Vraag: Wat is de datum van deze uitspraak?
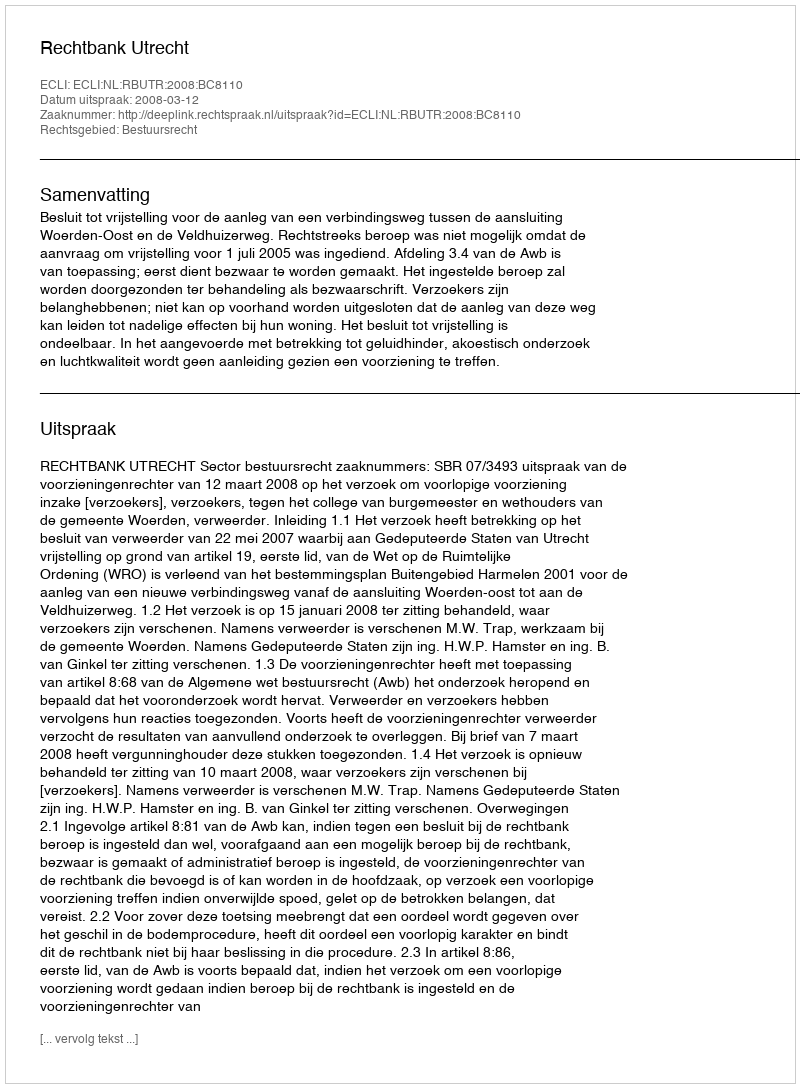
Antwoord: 2008-03-12